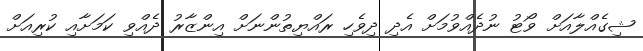
ޝިގެއްލާއަށް ވޯޓު ނުދެއްވުމަށް އެދި ދިވެހި ރައްޔިތުންނަށް އިންޒާރު ދެއްވި ކަމަށާއި ކުރިއަށް